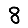
Digit: 8